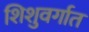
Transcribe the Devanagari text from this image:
शिशुवर्गात